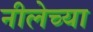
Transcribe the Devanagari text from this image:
नीलेच्या